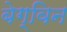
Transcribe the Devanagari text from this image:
बेग्विन